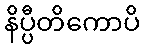
နိပ္ပီတိကောပိ